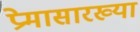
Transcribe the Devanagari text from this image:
प्रेमासारख्या